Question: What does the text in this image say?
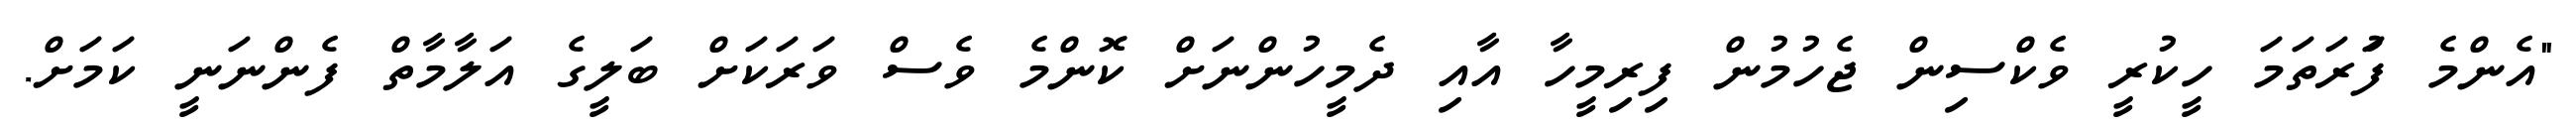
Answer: "އެންމެ ފުަރަތަމަ ހީކުރީ ވެކްސިން ޖެހުމުން ފިރިމީހާ އާއި ދެމީހުންނަށް ކޮންމެ ވެސް ވަރަކަށް ބަލީގެ އަލާމާތް ފެންނަނީ ކަމަށް.